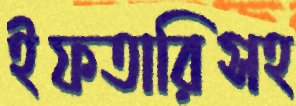
ইফতারিসহ